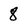
Character: 8